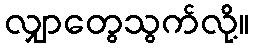
လျှာတွေသွက်လို့။